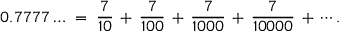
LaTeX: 0 . 7 7 7 7 \ldots \; = \; { \frac { 7 } { 1 0 } } \, + \, { \frac { 7 } { 1 0 0 } } \, + \, { \frac { 7 } { 1 0 0 0 } } \, + \, { \frac { 7 } { 1 0 0 0 0 } } \, + \, \cdots .